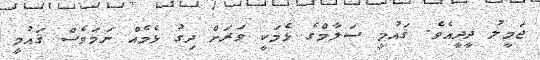
ޖަމީލު ދީދީއެވެ. ޤައުމީ ސަލާމްގެ ޅެމަކީ ވަރަށް ދިގު ޅެމެއް ނަމަވެސް ޤައުމީ